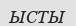
ЫСТЫ